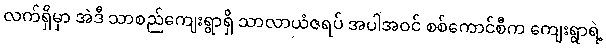
လက်ရှိမှာ အဲဒီ သာစည်ကျေးရွာရှိ သာလာယံဇရပ် အပါအဝင် စစ်ကောင်စီက ကျေးရွာရဲ့